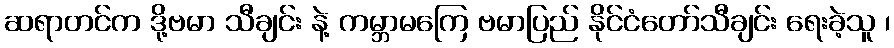
ဆရာတင်က ဒို့ဗမာ သီချင်း နဲ့ ကမ္ဘာမကြေ ဗမာပြည် နိုင်ငံတော်သီချင်း ရေးခဲ့သူ ၊